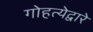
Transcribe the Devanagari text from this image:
गोहत्येद्वारे